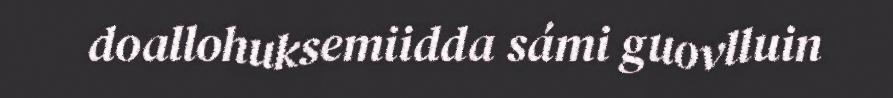
doallohuksemiidda sámi guovlluin